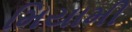
મિયામી